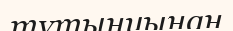
тұтынуынан